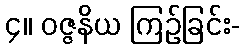
၄။ ဝဇ္ဇနိယ ကြဉ်ခြင်း-